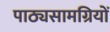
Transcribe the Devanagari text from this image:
पाठ्यसामग्रियों